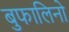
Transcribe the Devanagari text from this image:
बुफालिनो